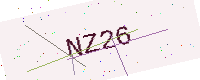
Text: NZ26